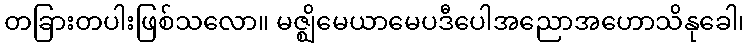
တခြားတပါးဖြစ်သလော။ မဇ္ဈိမေယာမေပဒီပေါအညောအဟောသိနုခေါ၊